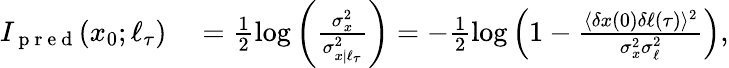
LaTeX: \begin{array}{rl}{I_{\mathrm{~p~r~e~d~}}(x_{0};\ell_{\tau})}&{{}=\frac{1}{2}\log\left(\frac{\sigma_{x}^{2}}{\sigma_{x|\ell_{\tau}}^{2}}\right)=-\frac{1}{2}\log\left(1-\frac{\langle\delta x(0)\delta\ell(\tau)\rangle^{2}}{\sigma_{x}^{2}\sigma_{\ell}^{2}}\right),}\end{array}